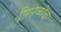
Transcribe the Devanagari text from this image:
पिपळोद